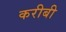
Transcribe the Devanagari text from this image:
करीबी